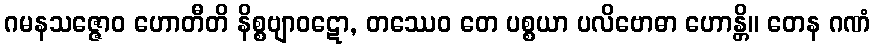
ဂမနသဇ္ဇောဝ ဟောတီတိ နိစ္စဗျာဝဋော, တဿေဝ တေ ပစ္စယာ ပလိဗောဓာ ဟောန္တိ။ တေန ဂဏံ